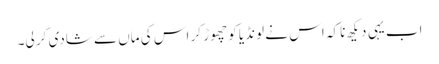
اب یہی دیکھ نا کہ اس نے لونڈیا کو چھوڑ کر اس کی ماں سے شادی کر لی۔